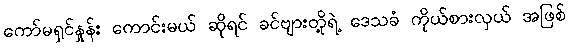
ကော်မရှင်နှုန်း ကောင်းမယ် ဆိုရင် ခင်ဗျားတို့ရဲ့ ဒေသခံ ကိုယ်စားလှယ် အဖြစ်